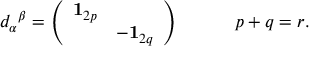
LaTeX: d _ { \alpha } { } ^ { \beta } = \left( \begin{array} { l l } { { { \bf { 1 } } _ { 2 p } } } & { { } } \\ { { } } & { { - { \bf { 1 } } _ { 2 q } } } \end{array} \right) \qquad \quad p + q = r .